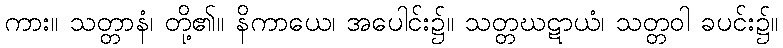
ကား။ သတ္တာနံ၊ တို့၏။ နိကာယေ၊ အပေါင်း၌။ သတ္တဃဋာယံ၊ သတ္တဝါ ခပင်း၌။